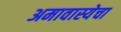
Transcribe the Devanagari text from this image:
अमावास्येचा